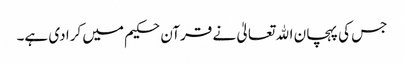
جس کی پہچان اﷲ تعالیٰ نے قرآن حکیم میں کرا دی ہے۔